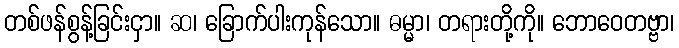
တစ်ဖန်စွန့်ခြင်းငှာ။ ဆ၊ ခြောက်ပါးကုန်သော။ ဓမ္မာ၊ တရားတို့ကို။ ဘောဝေတဗ္ဗာ၊